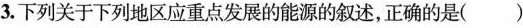
3.下列关于下列地区应重点发展的能源的叙述，正确的是( )